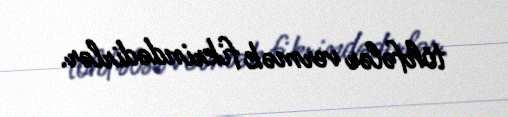
töhfələr vermək fikrindədirlər.